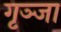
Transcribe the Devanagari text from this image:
गृञ्जा